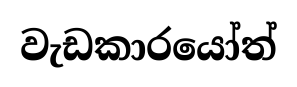
වැඩකාරයෝත්